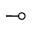
\multimap